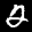
Label: 2